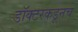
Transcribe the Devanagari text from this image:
डॉक्टरकडूनच